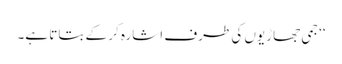
‘‘ جمی جھاڑیوں کی طرف اشارہ کر کے بتاتا ہے۔